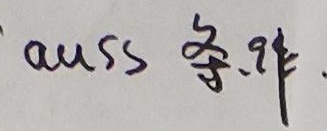
auss 条.件.